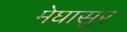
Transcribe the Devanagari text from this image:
मेघासुर